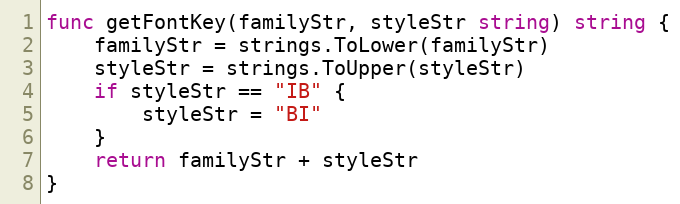
Language: Go
func getFontKey(familyStr, styleStr string) string {
	familyStr = strings.ToLower(familyStr)
	styleStr = strings.ToUpper(styleStr)
	if styleStr == "IB" {
		styleStr = "BI"
	}
	return familyStr + styleStr
}